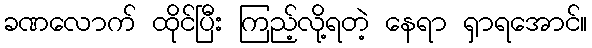
ခဏလောက် ထိုင်ပြီး ကြည့်လို့ရတဲ့ နေရာ ရှာရအောင်။